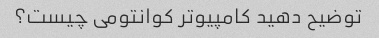
توضیح دهید کامپیوتر کوانتومی چیست؟